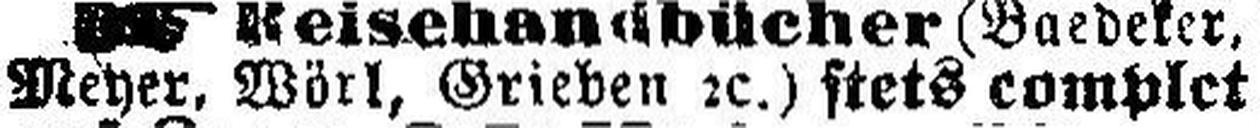
Meyer, Wörl, Grieben 2c) stets complet